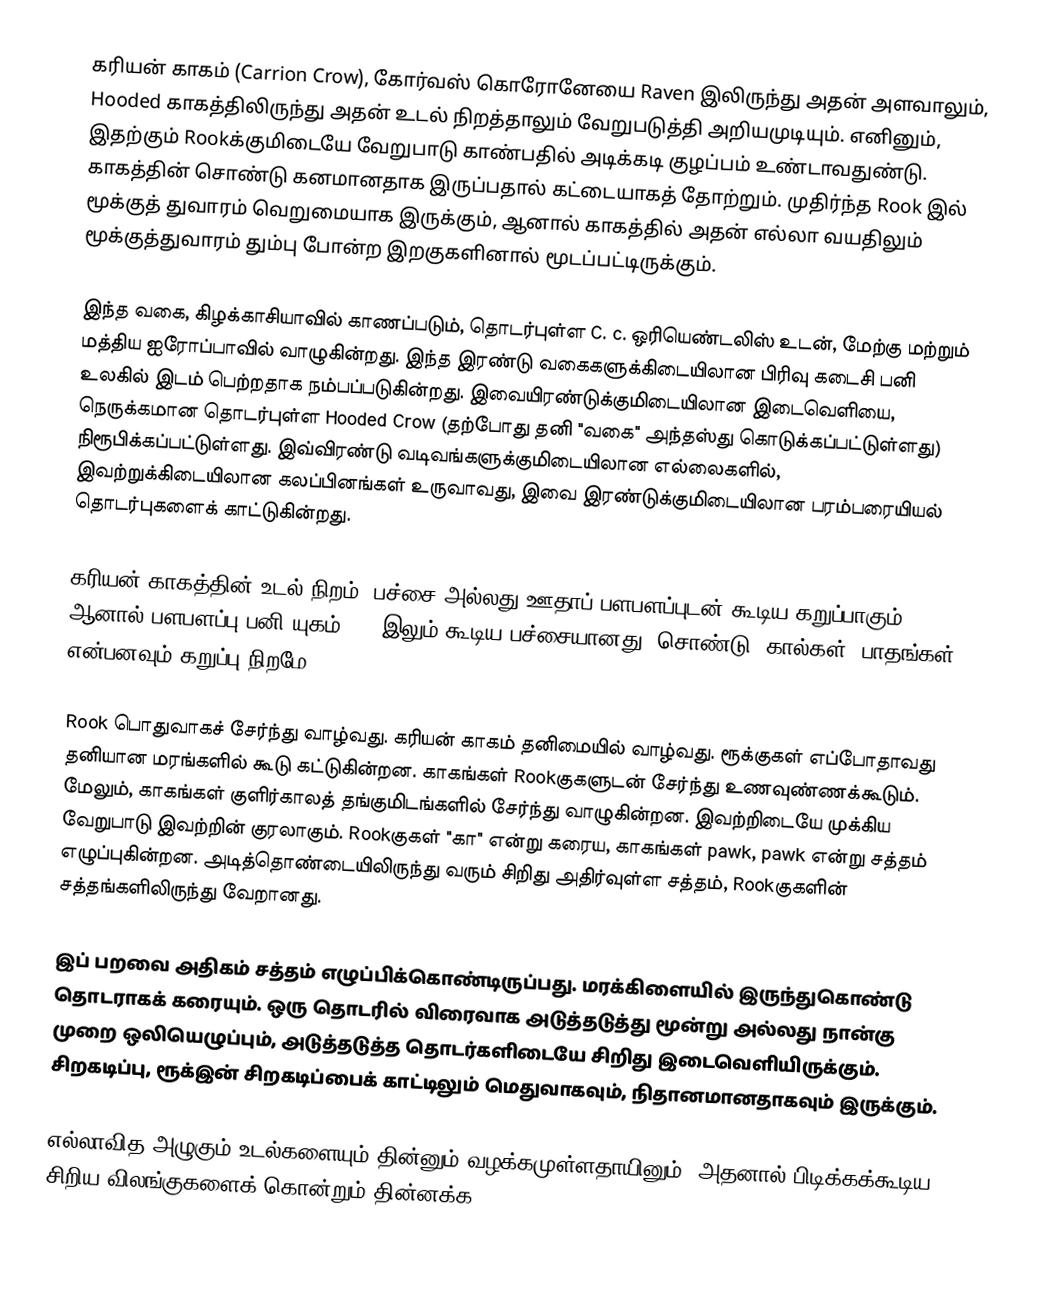
கரியன் காகம் (Carrion Crow), கோர்வஸ் கொரோனேயை Raven இலிருந்து அதன் அளவாலும், Hooded காகத்திலிருந்து அதன் உடல் நிறத்தாலும் வேறுபடுத்தி அறியமுடியும். எனினும், இதற்கும் Rookக்குமிடையே வேறுபாடு காண்பதில் அடிக்கடி குழப்பம் உண்டாவதுண்டு. காகத்தின் சொண்டு கனமானதாக இருப்பதால் கட்டையாகத் தோற்றும். முதிர்ந்த Rook இல் மூக்குத் துவாரம் வெறுமையாக இருக்கும், ஆனால் காகத்தில் அதன் எல்லா வயதிலும் மூக்குத்துவாரம் தும்பு போன்ற இறகுகளினால் மூடப்பட்டிருக்கும்.

இந்த வகை, கிழக்காசியாவில் காணப்படும், தொடர்புள்ள C. c. ஒரியெண்டலிஸ் உடன், மேற்கு மற்றும் மத்திய ஐரோப்பாவில் வாழுகின்றது. இந்த இரண்டு வகைகளுக்கிடையிலான பிரிவு கடைசி பனி உலகில் இடம் பெற்றதாக நம்பப்படுகின்றது. இவையிரண்டுக்குமிடையிலான இடைவெளியை, நெருக்கமான தொடர்புள்ள Hooded Crow (தற்போது தனி "வகை" அந்தஸ்து கொடுக்கப்பட்டுள்ளது) நிரூபிக்கப்பட்டுள்ளது. இவ்விரண்டு வடிவங்களுக்குமிடையிலான எல்லைகளில், இவற்றுக்கிடையிலான கலப்பினங்கள் உருவாவது, இவை இரண்டுக்குமிடையிலான பரம்பரையியல் தொடர்புகளைக் காட்டுகின்றது.

கரியன் காகத்தின் உடல் நிறம், பச்சை அல்லது ஊதாப் பளபளப்புடன் கூடிய கறுப்பாகும். ஆனால் பளபளப்பு பனி யுகம்Rook இலும் கூடிய பச்சையானது. சொண்டு, கால்கள், பாதங்கள் என்பனவும் கறுப்பு நிறமே.

Rook பொதுவாகச் சேர்ந்து வாழ்வது. கரியன் காகம் தனிமையில் வாழ்வது. ரூக்குகள் எப்போதாவது தனியான மரங்களில் கூடு கட்டுகின்றன. காகங்கள் Rookகுகளுடன் சேர்ந்து உணவுண்ணக்கூடும். மேலும், காகங்கள் குளிர்காலத் தங்குமிடங்களில் சேர்ந்து வாழுகின்றன. இவற்றிடையே முக்கிய வேறுபாடு இவற்றின் குரலாகும். Rookகுகள் "கா" என்று கரைய, காகங்கள் pawk, pawk என்று சத்தம் எழுப்புகின்றன. அடித்தொண்டையிலிருந்து வரும் சிறிது அதிர்வுள்ள சத்தம், Rookகுகளின் சத்தங்களிலிருந்து வேறானது.

இப் பறவை அதிகம் சத்தம் எழுப்பிக்கொண்டிருப்பது. மரக்கிளையில் இருந்துகொண்டு தொடராகக் கரையும். ஒரு தொடரில் விரைவாக அடுத்தடுத்து மூன்று அல்லது நான்கு முறை ஒலியெழுப்பும், அடுத்தடுத்த தொடர்களிடையே சிறிது இடைவெளியிருக்கும். சிறகடிப்பு, ரூக்இன் சிறகடிப்பைக் காட்டிலும் மெதுவாகவும், நிதானமானதாகவும் இருக்கும்.

எல்லாவித அழுகும் உடல்களையும் தின்னும் வழக்கமுள்ளதாயினும், அதனால் பிடிக்கக்கூடிய சிறிய விலங்குகளைக் கொன்றும் தின்னக்க